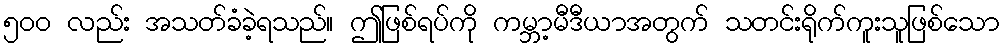
၅၀၀ လည်း အသတ်ခံခဲ့ရသည်။ ဤဖြစ်ရပ်ကို ကမ္ဘာ့မီဒီယာအတွက် သတင်းရိုက်ကူးသူဖြစ်သော